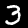
Label: 3